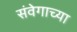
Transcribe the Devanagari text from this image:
संवेगाच्या